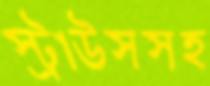
স্ট্রাউসসহ